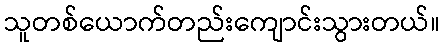
သူတစ်ယောက်တည်းကျောင်းသွားတယ်။